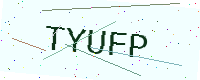
Text: TYUFP